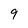
Character: 9